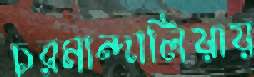
চরমান্দালিয়ায়